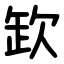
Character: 欫